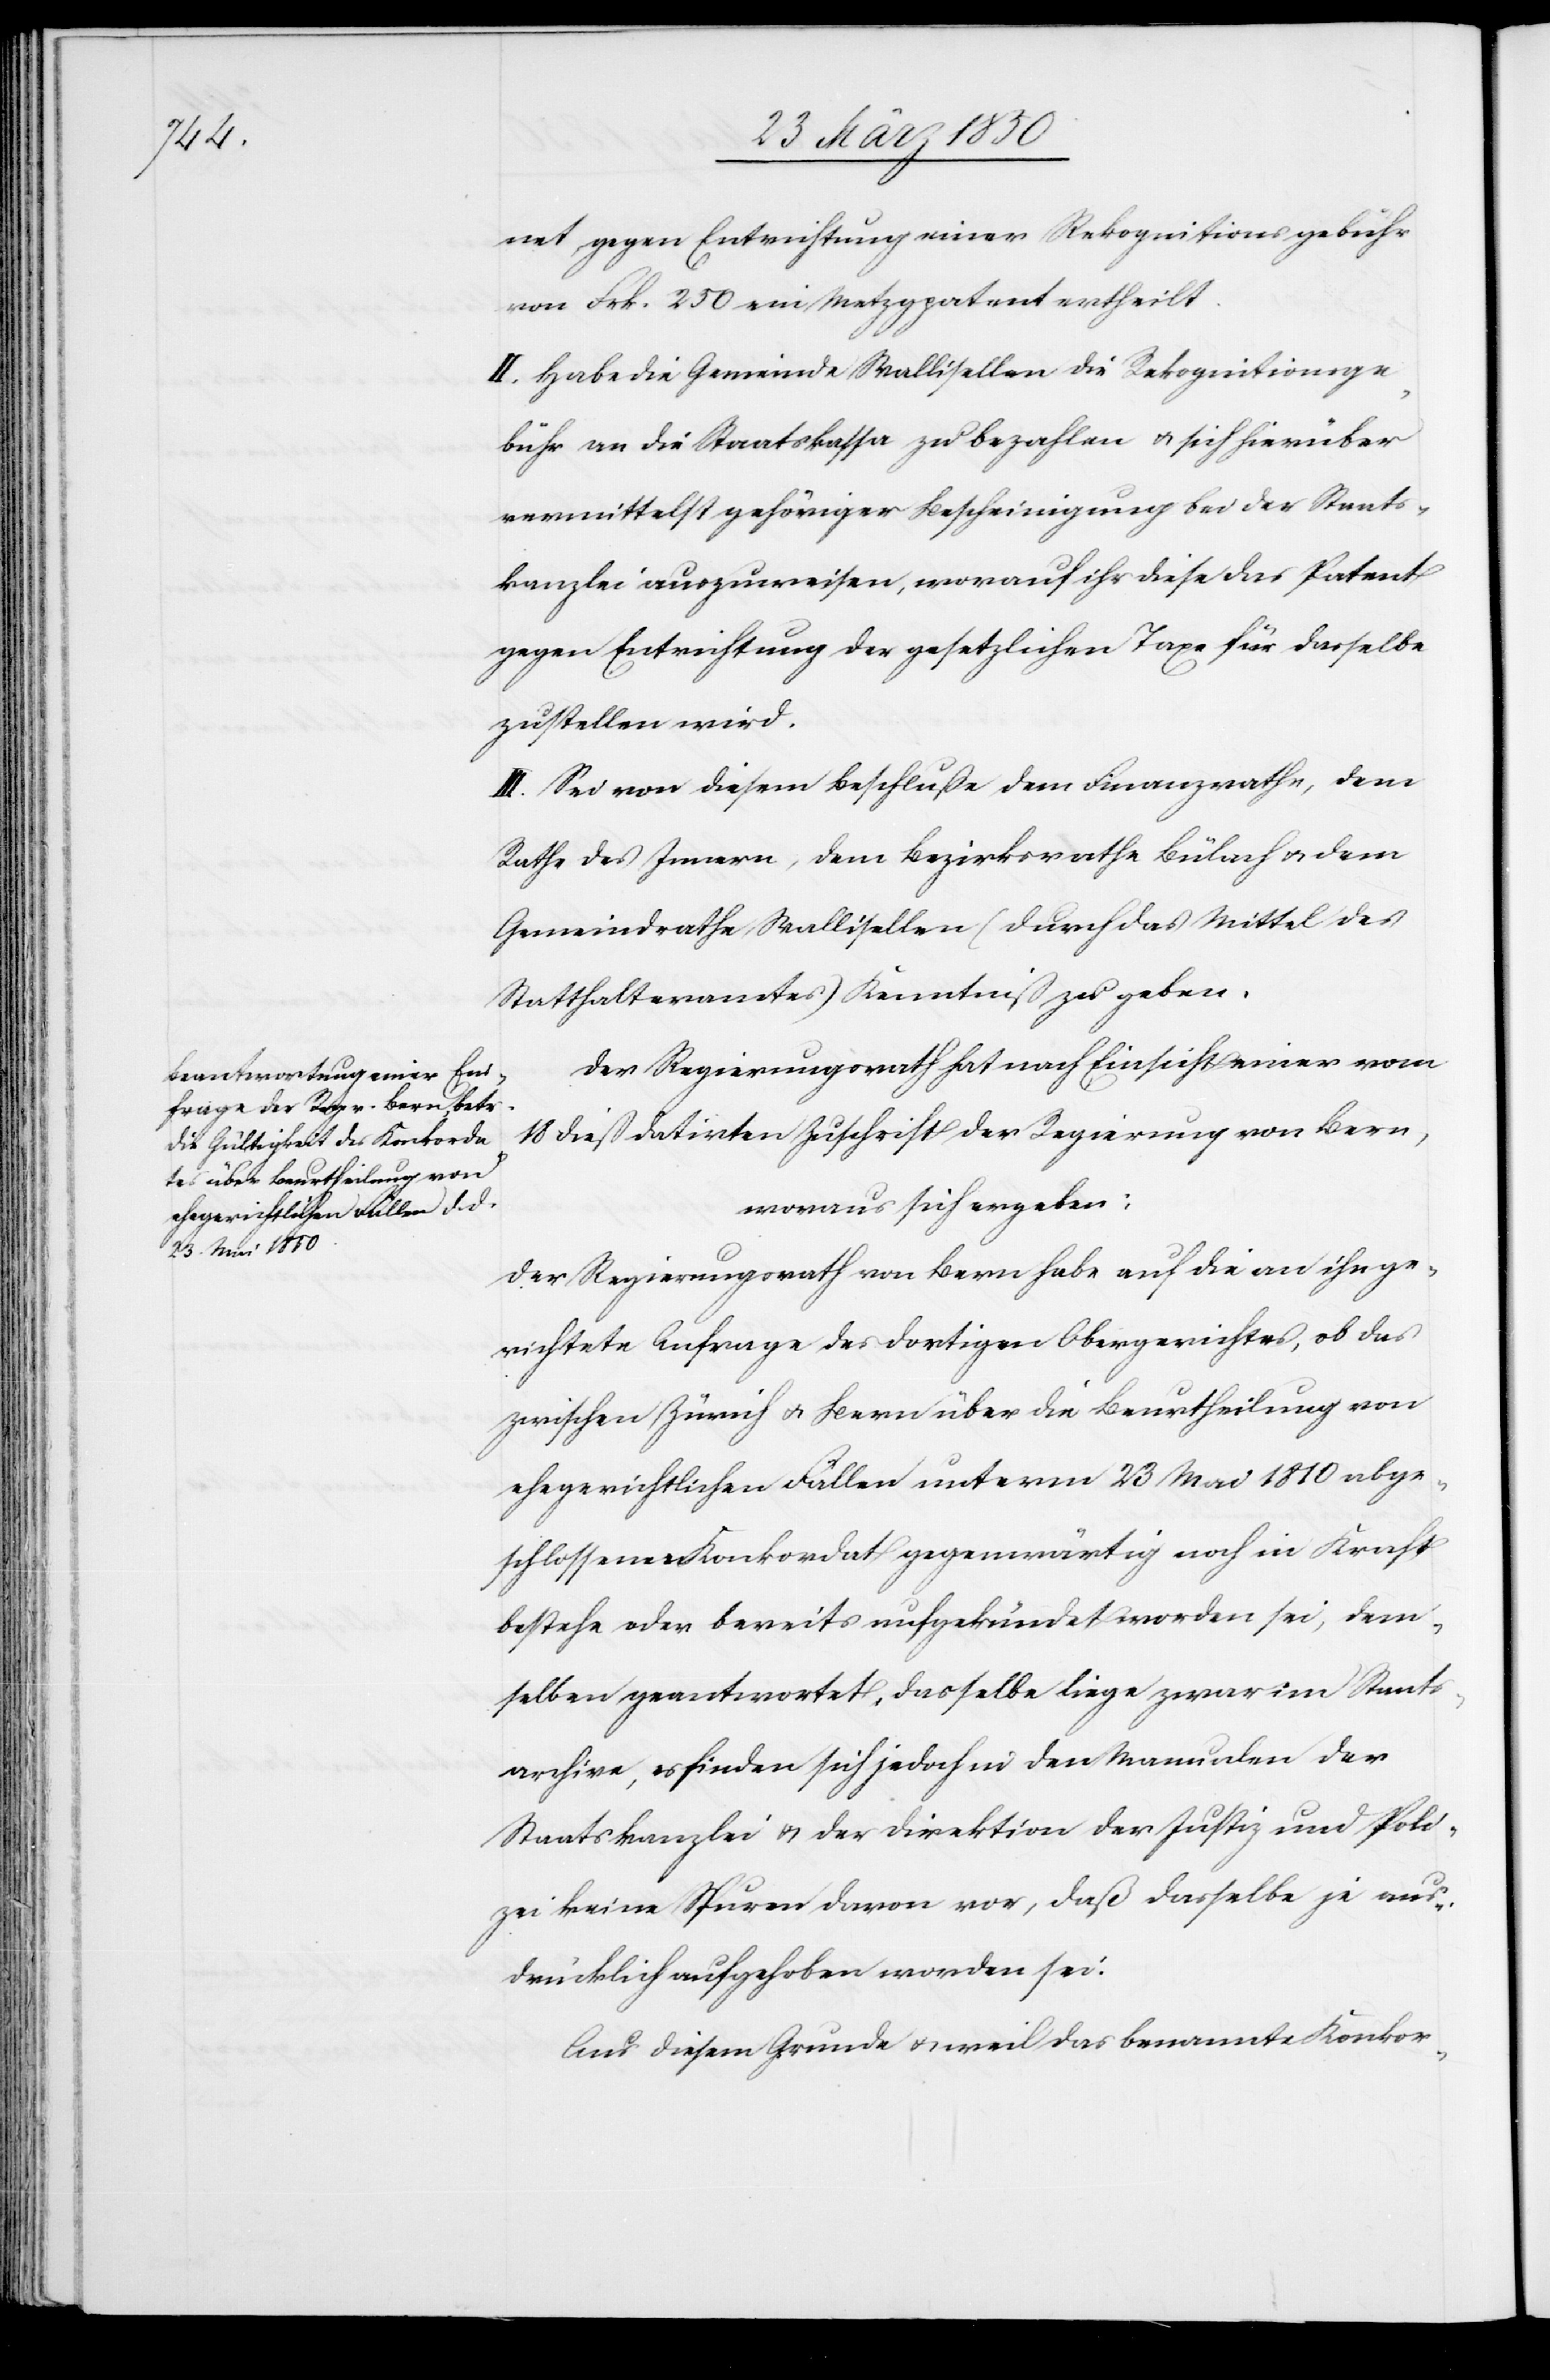
1849

II. Sei von diesem Beschlusse dem Erziehungsrathe für
woraus sich ergeben: